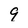
Character: 9